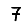
Digit: 7